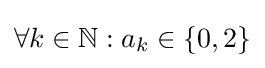
\forall k\in \mathbb {N} :a_{k}\in \{0,2\}